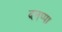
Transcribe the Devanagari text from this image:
दनप्पा